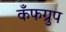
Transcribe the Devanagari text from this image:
कँफग्रुप